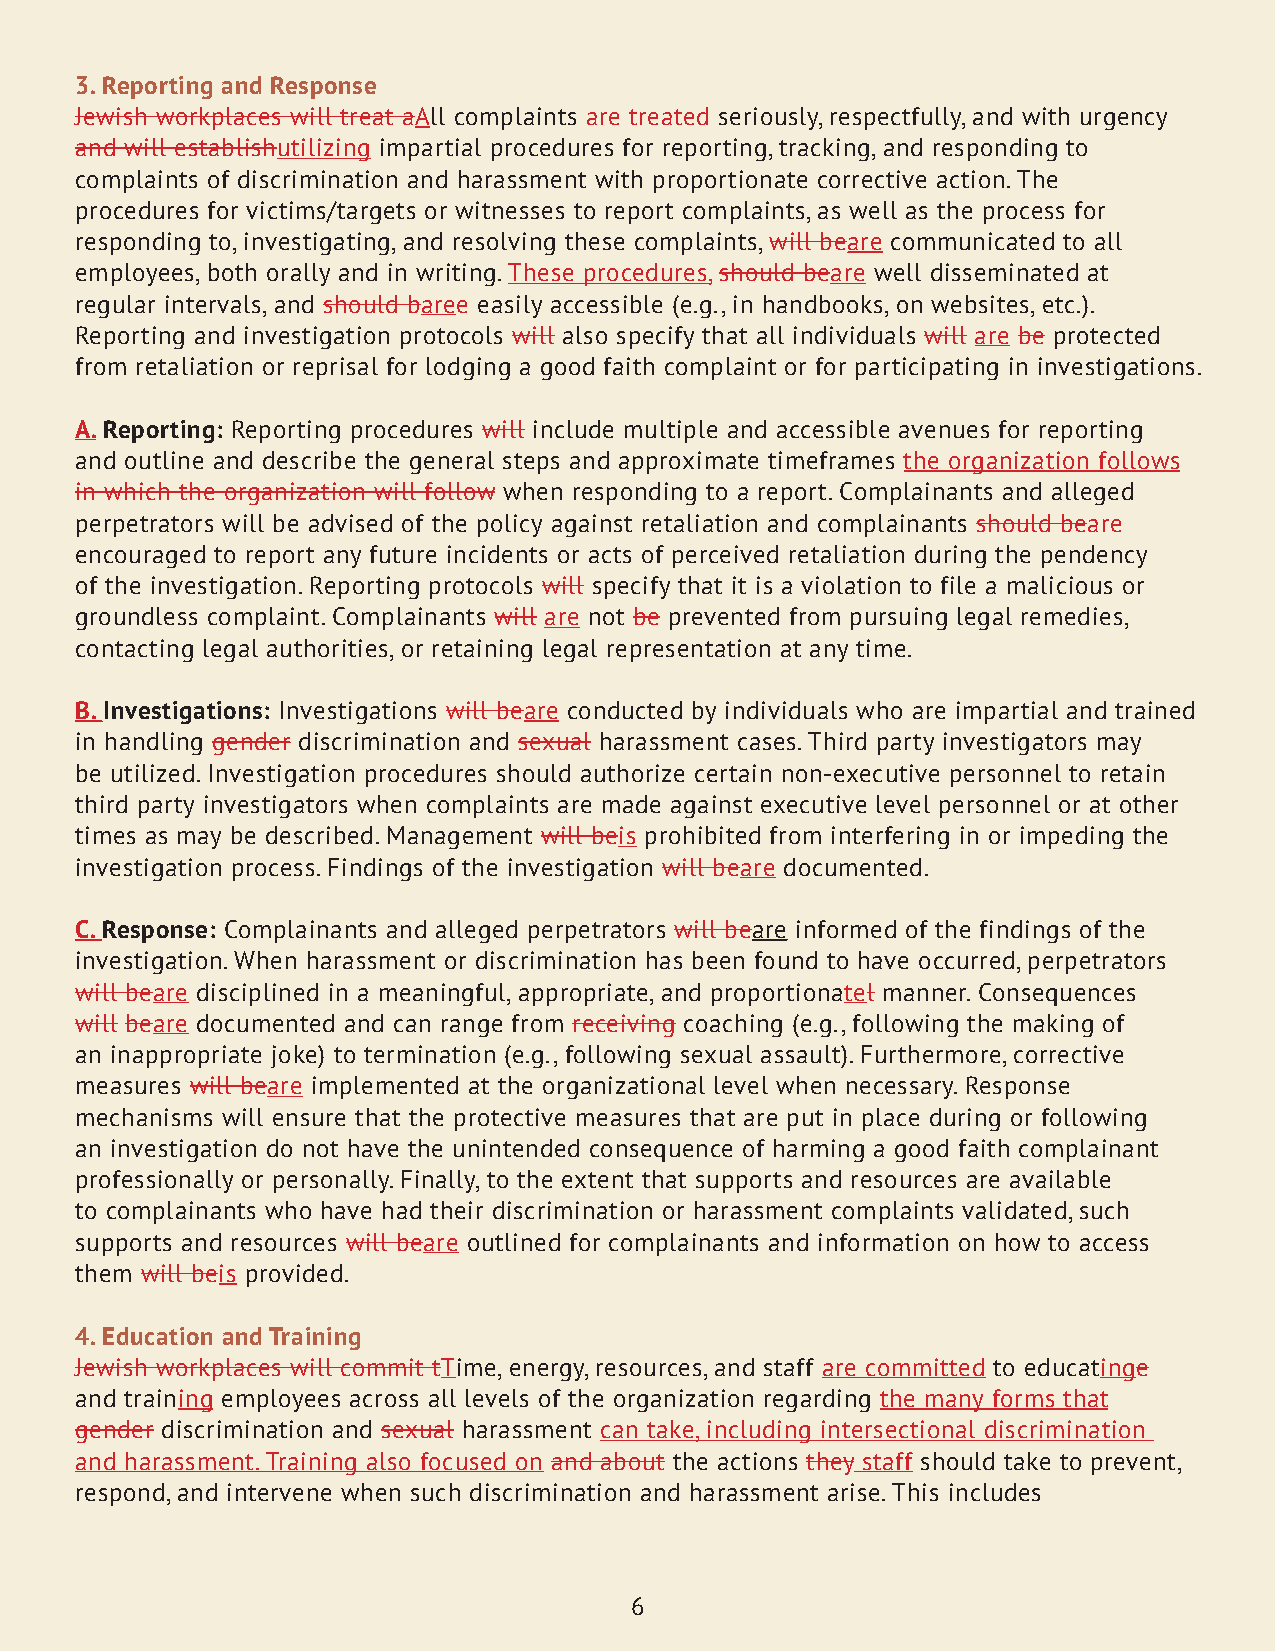
3. Reporting and Response
 Jewish workplaces will treat aAll complaints are treated seriously, respectfully, and with urgency
 and will establishutilizing impartial procedures for reporting, tracking, and responding to
 complaints of discrimination and harassment with proportionate corrective action. The
 procedures for victims/targets or witnesses to report complaints, as well as the process for
 responding to, investigating, and resolving these complaints, will beare communicated to all
 employees, both orally and in writing. These procedures, should beare well disseminated at
 regular intervals, and should baree easily accessible (e.g., in handbooks, on websites, etc.).
 Reporting and investigation protocols will also specify that all individuals will are be protected
 from retaliation or reprisal for lodging a good faith complaint or for participating in investigations.
 A. Reporting: Reporting procedures will include multiple and accessible avenues for reporting
 and outline and describe the general steps and approximate timeframes the organization follows
 in which the organization will follow when responding to a report. Complainants and alleged
 perpetrators will be advised of the policy against retaliation and complainants should beare
 encouraged to report any future incidents or acts of perceived retaliation during the pendency
 of the investigation. Reporting protocols will specify that it is a violation to file a malicious or
 groundless complaint. Complainants will are not be prevented from pursuing legal remedies,
 contacting legal authorities, or retaining legal representation at any time.
 B. Investigations: Investigations will beare conducted by individuals who are impartial and trained
 in handling gender discrimination and sexual harassment cases. Third party investigators may
 be utilized. Investigation procedures should authorize certain non-executive personnel to retain
 third party investigators when complaints are made against executive level personnel or at other
 times as may be described. Management will beis prohibited from interfering in or impeding the
 investigation process. Findings of the investigation will beare documented.
 C. Response: Complainants and alleged perpetrators will beare informed of the findings of the
 investigation. When harassment or discrimination has been found to have occurred, perpetrators
 will beare disciplined in a meaningful, appropriate, and proportionatel manner. Consequences
 will beare documented and can range from receiving coaching (e.g., following the making of
 an inappropriate joke) to termination (e.g., following sexual assault). Furthermore, corrective
 measures will beare implemented at the organizational level when necessary. Response
 mechanisms will ensure that the protective measures that are put in place during or following
 an investigation do not have the unintended consequence of harming a good faith complainant
 professionally or personally. Finally, to the extent that supports and resources are available
 to complainants who have had their discrimination or harassment complaints validated, such
 supports and resources will beare outlined for complainants and information on how to access
 them will beis provided.
 4. Education and Training
 Jewish workplaces will commit tTime, energy, resources, and staff are committed to educatinge
 and training employees across all levels of the organization regarding the many forms that
 gender discrimination and sexual harassment can take, including intersectional discrimination
 and harassment. Training also focused on and about the actions they staff should take to prevent,
 respond, and intervene when such discrimination and harassment arise. This includes
 6